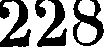
228